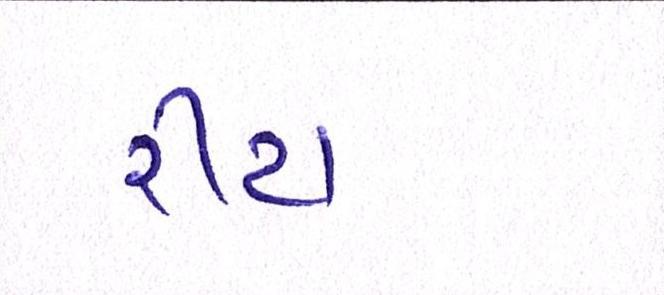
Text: રીટા